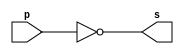
// ------------------------- 
// Extra0001 - BASE 
// Nome: Guilherme Andrade Salum Terra 
// ------------------------- 

// ------------------------- 
// -- not gate 
// ------------------------- 
	module notgate (output s, input p); 
	assign s = ~p; 
	endmodule // notgate
	
// ------------------------- 
// -- test not gate 
// ------------------------- 
	module testnotgate; 
// ------------------------- dados locais 
	reg a; // definir registrador 
			 // (variavel independente) 
	wire s; // definir conexao (fio) 
			  // (variavel dependente ) 
// ------------------------- instancia 
	notgate NOT1 (s, a); 
// ------------------------- preparacao 
	initial begin:start 
	a=0; 
	end 
// ------------------------- parte principal 
	initial begin 
		$display("Extra0001 - Guilherme Terra - 427407"); 
		$display("Teste complemento de 1"); 
		$display("\n~a = s\n"); 
		a=0; 
	#1 $display("~%b = %b", a, s); 
		a=1; 
	#1 $display("~%b = %b", a, s); 

	end 

	endmodule // test_base 
	
// ------------------------- testes

/*
	Teste complemento de 1
	
	~a = s
	
	~0 = 1
	~1 = 0
*/